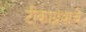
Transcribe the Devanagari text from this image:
टीकाग्रंथाचे